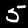
Label: 5